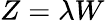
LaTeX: Z=\lambda W